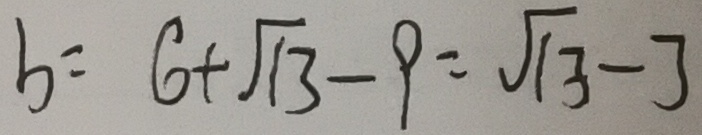
b = 6 + \sqrt { 1 3 } - 9 = \sqrt { 1 3 } - 3